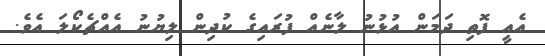
އެއީ ފޮތި ދަމަން އުޅުނު ލާނެއް ފުރައިގެ ކުދިން ލިޔުނު އެއްޗެކޯލަ އެވެ.